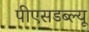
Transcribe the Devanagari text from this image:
पीएसडब्ल्यू